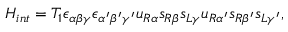
{ \cal H } _ { i n t } = T _ { 1 } \epsilon _ { \alpha \beta \gamma } \epsilon _ { \alpha ^ { \prime } \beta ^ { \prime } \gamma ^ { \prime } } u _ { R \alpha } s _ { R \beta } s _ { L \gamma } u _ { R \alpha ^ { \prime } } s _ { R \beta ^ { \prime } } s _ { L \gamma ^ { \prime } } ,